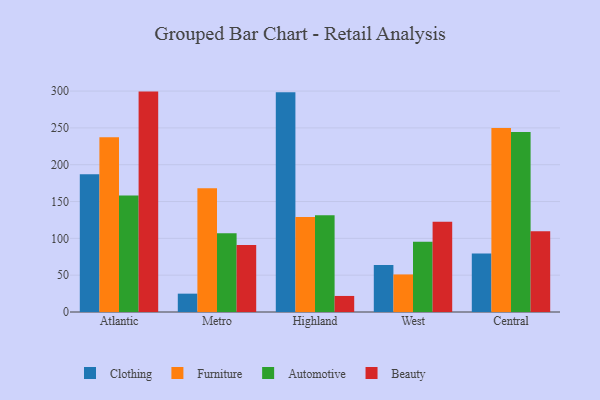
{"axis": {"x": "Region", "y": "Revenue (USD Million)"}, "legend": ["Automotive", "Beauty", "Clothing", "Furniture"], "data": [{"x": "Atlantic", "y": 187.1, "type": "Clothing"}, {"x": "Atlantic", "y": 237.3, "type": "Furniture"}, {"x": "Atlantic", "y": 158.2, "type": "Automotive"}, {"x": "Atlantic", "y": 299.3, "type": "Beauty"}, {"x": "Metro", "y": 24.9, "type": "Clothing"}, {"x": "Metro", "y": 168.0, "type": "Furniture"}, {"x": "Metro", "y": 107.1, "type": "Automotive"}, {"x": "Metro", "y": 91.0, "type": "Beauty"}, {"x": "Highland", "y": 298.4, "type": "Clothing"}, {"x": "Highland", "y": 129.1, "type": "Furniture"}, {"x": "Highland", "y": 131.4, "type": "Automotive"}, {"x": "Highland", "y": 21.8, "type": "Beauty"}, {"x": "West", "y": 63.9, "type": "Clothing"}, {"x": "West", "y": 51.0, "type": "Furniture"}, {"x": "West", "y": 95.4, "type": "Automotive"}, {"x": "West", "y": 122.4, "type": "Beauty"}, {"x": "Central", "y": 79.6, "type": "Clothing"}, {"x": "Central", "y": 249.9, "type": "Furniture"}, {"x": "Central", "y": 244.4, "type": "Automotive"}, {"x": "Central", "y": 109.8, "type": "Beauty"}]}